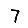
Digit: 7